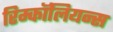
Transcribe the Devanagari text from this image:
रिम्कॉलियन्स